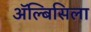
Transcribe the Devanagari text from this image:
ॲल्बिसिला